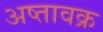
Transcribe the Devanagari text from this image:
अष्तावक्र